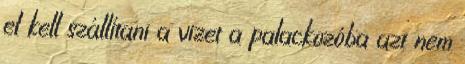
el kell szállítani a vizet a palackozóba azt nem